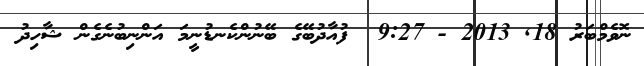
ނޮވެމްބަރު 18